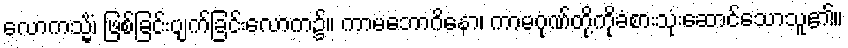
လောကသ္မိံ၊ ဖြစ်ခြင်းပျက်ခြင်းလောက၌။ ကာမဘောဂိနော၊ ကာမဂုဏ်တို့ကိုခံစားသုံးဆောင်သောသူ၏။